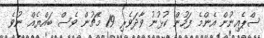
ސްޕެއިނުން އެންމެ ފަހުން ކުޅުނު ވާދަވެރި 19 މެޗުން ވެސް ބައްޔެއް ނުވެ